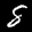
Label: 8